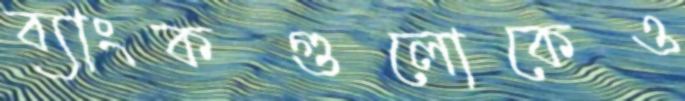
ব্যাংকগুলোকেও